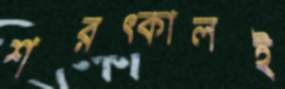
শরত্কালই